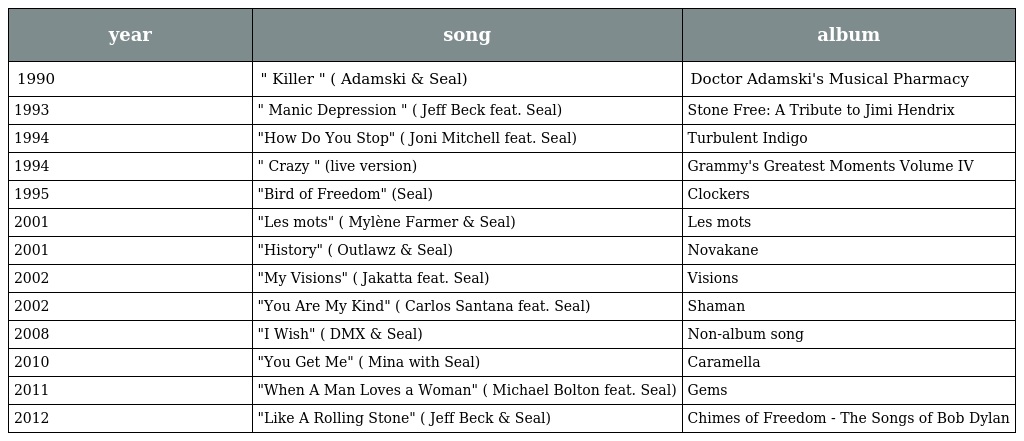
| year | song | album |
 | --- | --- | --- |
 | 1990 | " Killer " ( Adamski & Seal) | Doctor Adamski's Musical Pharmacy |
 | 1993 | " Manic Depression " ( Jeff Beck feat. Seal) | Stone Free: A Tribute to Jimi Hendrix |
 | 1994 | "How Do You Stop" ( Joni Mitchell feat. Seal) | Turbulent Indigo |
 | 1994 | " Crazy " (live version) | Grammy's Greatest Moments Volume IV |
 | 1995 | "Bird of Freedom" (Seal) | Clockers |
 | 2001 | "Les mots" ( Mylène Farmer & Seal) | Les mots |
 | 2001 | "History" ( Outlawz & Seal) | Novakane |
 | 2002 | "My Visions" ( Jakatta feat. Seal) | Visions |
 | 2002 | "You Are My Kind" ( Carlos Santana feat. Seal) | Shaman |
 | 2008 | "I Wish" ( DMX & Seal) | Non-album song |
 | 2010 | "You Get Me" ( Mina with Seal) | Caramella |
 | 2011 | "When A Man Loves a Woman" ( Michael Bolton feat. Seal) | Gems |
 | 2012 | "Like A Rolling Stone" ( Jeff Beck & Seal) | Chimes of Freedom - The Songs of Bob Dylan |